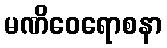
မဏိဝေရောစနာ